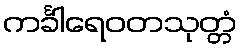
ကင်္ခါရေဝတသုတ္တံ